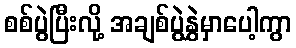
စစ်ပွဲပြီးလို့ အချစ်ပွဲနွှဲမှာပေါ့ကွာ